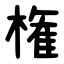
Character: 権